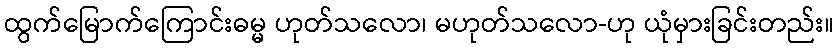
ထွက်မြောက်ကြောင်းဓမ္မ ဟုတ်သလော၊ မဟုတ်သလော-ဟု ယုံမှားခြင်းတည်း။